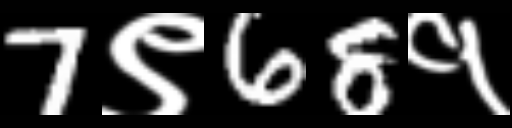
Text: 7९68१